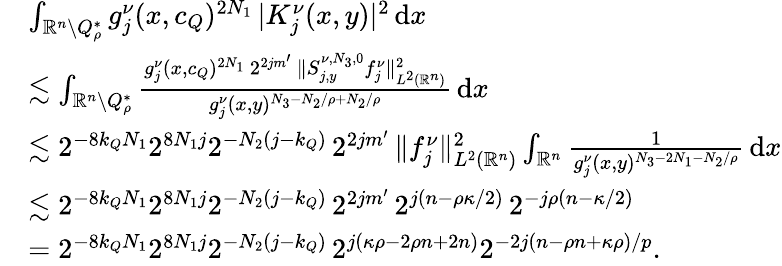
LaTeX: \begin{array}{rl}&{\int_{\mathbb{R}^{n}\setminus Q_{\rho}^{*}}g_{j}^{\nu}(x,c_{Q})^{2N_{1}}\, |K_{j}^{\nu}(x,y)|^{2}\, \mathrm{d}x}\\ &{\lesssim\int_{\mathbb{R}^{n}\setminus Q_{\rho}^{*}}\frac{g_{j}^{\nu}(x,c_{Q})^{2N_{1}}\, 2^{2jm^{\prime}}\, \| {S}_{j,y}^{\nu,N_{3},0}{f}_{j}^{\nu}\| _{L^{2}(\mathbb{R}^{n})}^{2}}{g_{j}^{\nu}(x,y)^{N_{3}-N_{2}/\rho+N_{2}/\rho}}\, \mathrm{d}x}\\ &{\lesssim 2^{-8k_{Q}N_{1}}2^{8N_{1}j}2^{-N_{2}(j-k_{Q})}\, 2^{2jm^{\prime}}\, \| f_{j}^{\nu}\| _{L^{2}(\mathbb{R}^{n})}^{2}\int_{\mathbb{R}^{n}}\frac{1}{g_{j}^{\nu}(x,y)^{N_{3}-2N_{1}-N_{2}/\rho}}\, \mathrm{d}x}\\ &{\lesssim 2^{-8k_{Q}N_{1}}2^{8N_{1}j}2^{-N_{2}(j-k_{Q})}\, 2^{2jm^{\prime}}\, 2^{j(n-\rho\kappa/2)}\, 2^{-j\rho(n-\kappa/2)}}\\ &{=2^{-8k_{Q}N_{1}}2^{8N_{1}j}2^{-N_{2}(j-k_{Q})}\, 2^{j(\kappa\rho-2\rho n+2n)}2^{-2j(n-\rho n+\kappa\rho)/p}.}\end{array}